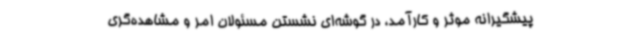
پیشگیرانه موثر و کارآمد، در گوشه‌ای نشستن مسئولان امر و مشاهده‌گری